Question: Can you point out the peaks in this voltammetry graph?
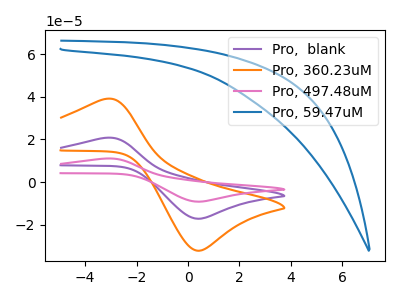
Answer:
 <answer>The purple curve "Pro,  blank" has an anodic peak at (-3.20V, 20.75uA) and a cathodic peak at (0.35V, -17.10uA). The orange curve "Pro, 360.23uM" has an anodic peak at (-3.20V, 38.95uA) and a cathodic peak at (0.35V, -32.05uA). The pink curve "Pro, 497.48uM" has an anodic peak at (-3.20V, 41.55uA) and a cathodic peak at (0.35V, -34.20uA). The blue curve "Pro, 59.47uM" has no peaks.</answer>
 <eval></eval>